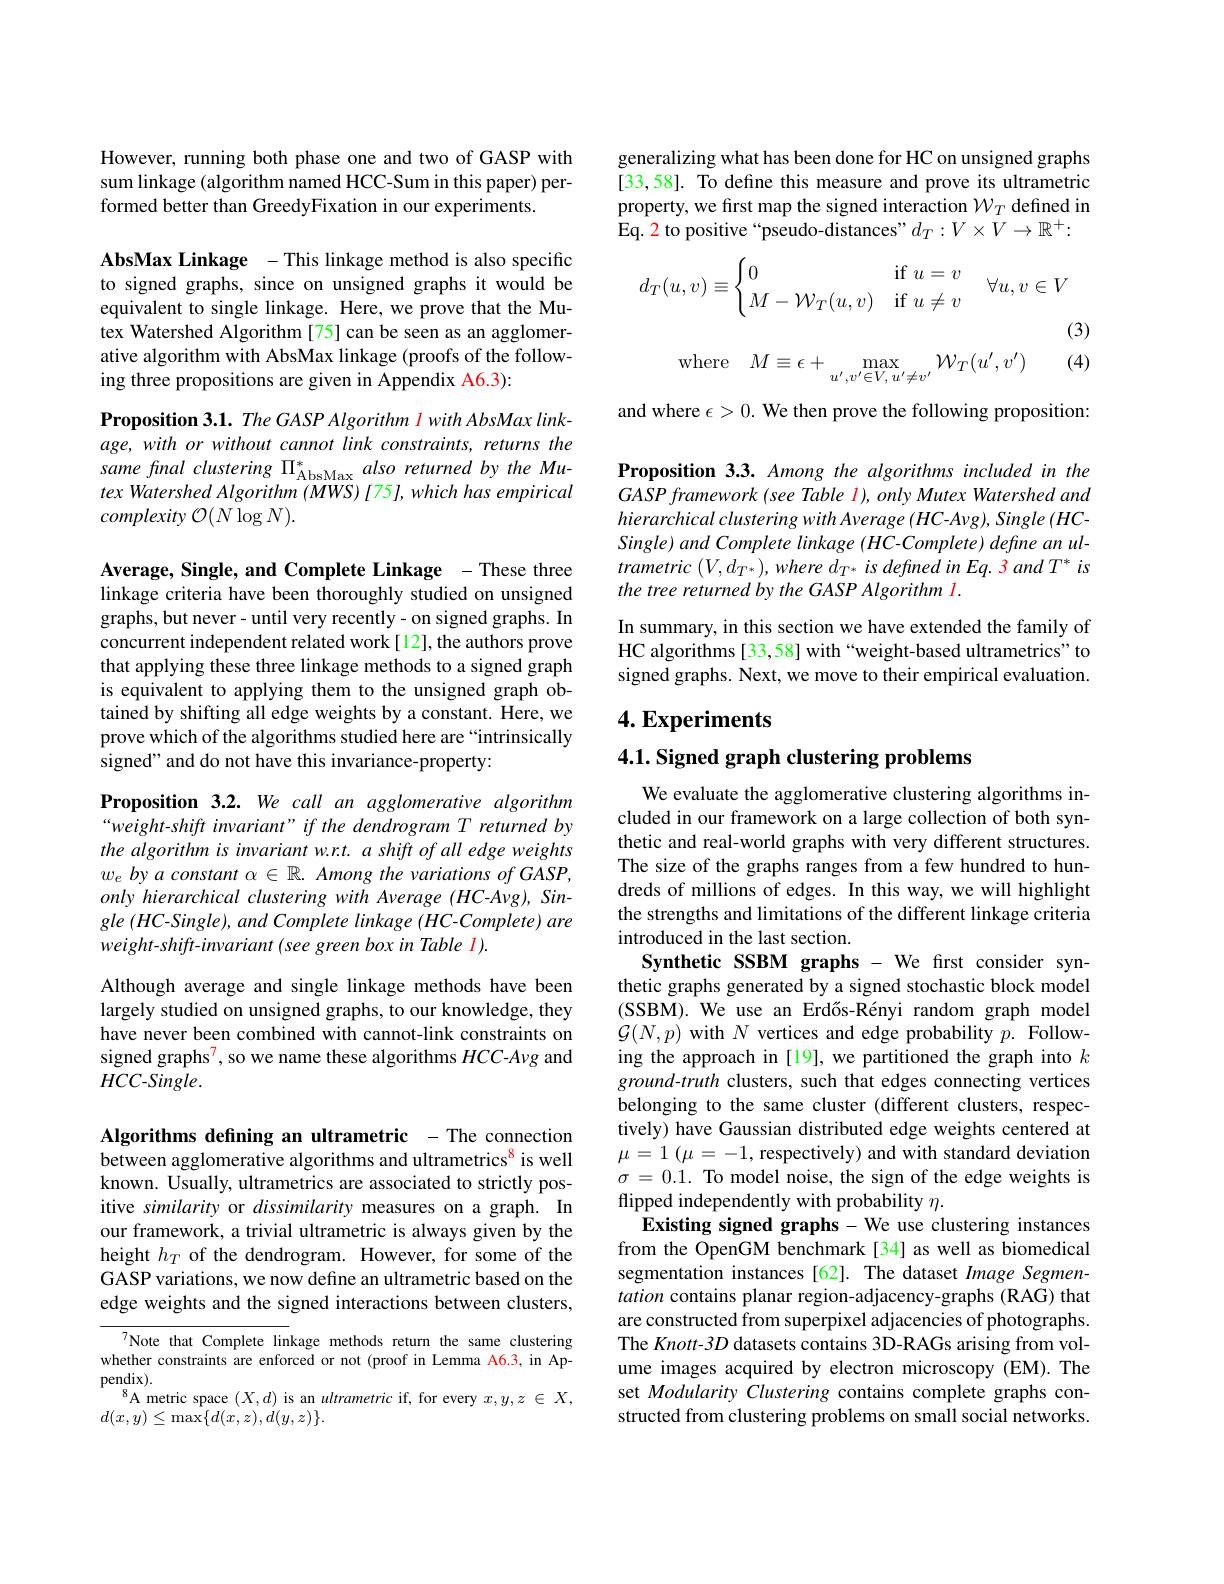
However, running both phase one and two of GASP with sum linkage (algorithm named HCC-Sum in this paper) performed better than GreedyFixation in our experiments.

AbsMax Linkage - This linkage method is also specific to signed graphs, since on unsigned graphs it would be equivalent to single linkage. Here, we prove that the Mutex Watershed Algorithm[75] can be seen as an agglomerative algorithm with AbsMax linkage (proofs of the following three propositions are given in Appendix A6.3):

Proposition 3.1. The GASP Algorithm I with AbsMax linkage, with or without cannot link constraints, returns the same final clustering $\Pi_\mathrm{AbsMax}^*also$ returned by the Mutex Watershed Algorithm (MWS) [75], which has empirical complexity $\mathcal{O} ( N\log N) .$

Average, Single, and Complete Linkage - These three linkage criteria have been thoroughly studied on unsigned graphs, but never- until very recently- on signed graphs. In concurrent independent related work[12], the authors prove that applying these three linkage methods to a signed graph is equivalent to applying them to the unsigned graph obtained by shifting all edge weights by a constant. Here, we prove which of the algorithms studied here are “intrinsically signed" and do not have this invariance-property:

Proposition 3.2. We call an agglomerative algorithm “weight-shift invariant" if the dendrogram T returned by the algorithm is invariant w.r.t. a shift of all edge weights $w_e\textit{ by a constant }\alpha \in \mathbb{R} .$ Among the variations of GASP, only hierarchical clustering with Average (HC-Avg), Single (HC-Single), and Complete linkage (HC-Complete) are weight-shift-invariant (see green box in Table l).

Although average and single linkage methods have been largely studied on unsigned graphs, to our knowledge, they have never been combined with cannot-link constraints on signed graphs$^{7}$, so we name these algorithms $HCC$-Avg and $HCC-Single.$

Algorithms defining an ultrametric - The connection between agglomerative algorithms and ultrametrics$^{8}$ is well known. Usually, ultrametrics are associated to strictly positive similarity or dissimilarity measures on a graph. In our framework, a trivial ultrametric is always given by the height $h_T$ of the dendrogram. However, for some of the GASP variations, we now define an ultrametric based on the edge weights and the signed interactions between clusters,

7Note that Complete linkage methods return the same clustering whether constraints are enforced or not (proof in Lemma A6.3, in Ap- $pendix).$
$^{8}$A metric space $(X,d)$ is an ultrametric if, for every $x,y,z\in X$,
$d(x,y)\leq\operatorname*{max}\{d(x,z),d(y,z)\}.$

generalizing what has been done for HC on unsigned graphs [33,58]. To define this measure and prove its ultrametric property, we first map the signed interaction $\mathcal{W}_T$ defined in Eq. 2 to positive “pseudo-distances” $d_T:V\times V\to\mathbb{R}^+:$
$$d_T(u,v)\equiv\begin{cases}0&\text{if}u=v\\M-\mathcal W_T(u,v)&\text{if}u\ne v\end{cases}\quad\forall u,v\in V$$
$$\mathrm{where}\quad M\equiv\epsilon+\max_{u',v'\in V,\:u'\neq v'}\mathcal{W}_T(u',v')$$
(3)

(4)

and where $\epsilon>0.$ We then prove the following proposition:

Proposition 3.3. Among the algorithms included in the GASPframework (see Table I), only Mutex Watershed and hierarchical clustering with Average ( HC- Avg), Single ( HCSingle) and Complete linkage (HC-Complete) define an ultrametric $( V, d_{T^* }) , where$ $d_{T^* }$ $is$ defined $in$ $Eq. 3$ and $T^*$ $is$ the tree returned by the GASP Algorithm l.

In summary, in this section we have extended the family of HC algorithms[33,58] with“weight-based ultrametrics”to signed graphs. Next, we move to their empirical evaluation.

## $4. \textbf{Experiments}$

## $4. 1. \textbf{ Signed graph clustering problems}$

We evaluate the agglomerative clustering algorithms included in our framework on a large collection of both synthetic and real-world graphs with very different structures. The size of the graphs ranges from a few hundred to hundreds of millions of edges. In this way, we will highlight the strengths and limitations of the different linkage criteria introduced in the last section.
Synthetic SSBM graphs - We first consider synthetic graphs generated by a signed stochastic block model (SSBM).We use an Erdős-Rényi random graph model $\mathcal{G}(N,p)$ with $N$ vertices and edge probability $p.$ Following the approach in [19], we partitioned the graph into $k$ ground-truth clusters, such that edges connecting vertices belonging to the same cluster (different clusters, respectively) have Gaussian distributed edge weights centered at $\mu = 1$ $( \mu = - 1$, respectively) and with standard deviation $\sigma=0.1.$ To model noise, the sign of the edge weights is flipped independently with probability $\eta.$
Existing signed graphs- We use clustering instances from the OpenGM benchmark [34] as well as biomedical segmentation instances[62]. The dataset Image Segmentation contains planar region-adjacency-graphs (RAG) that are constructed from superpixel adjacencies of photographs. The Knott-3D datasets contains 3D-RAGs arising from volume images acquired by electron microscopy (EM).The set Modularity Clustering contains complete graphs constructed from clustering problems on small social networks.